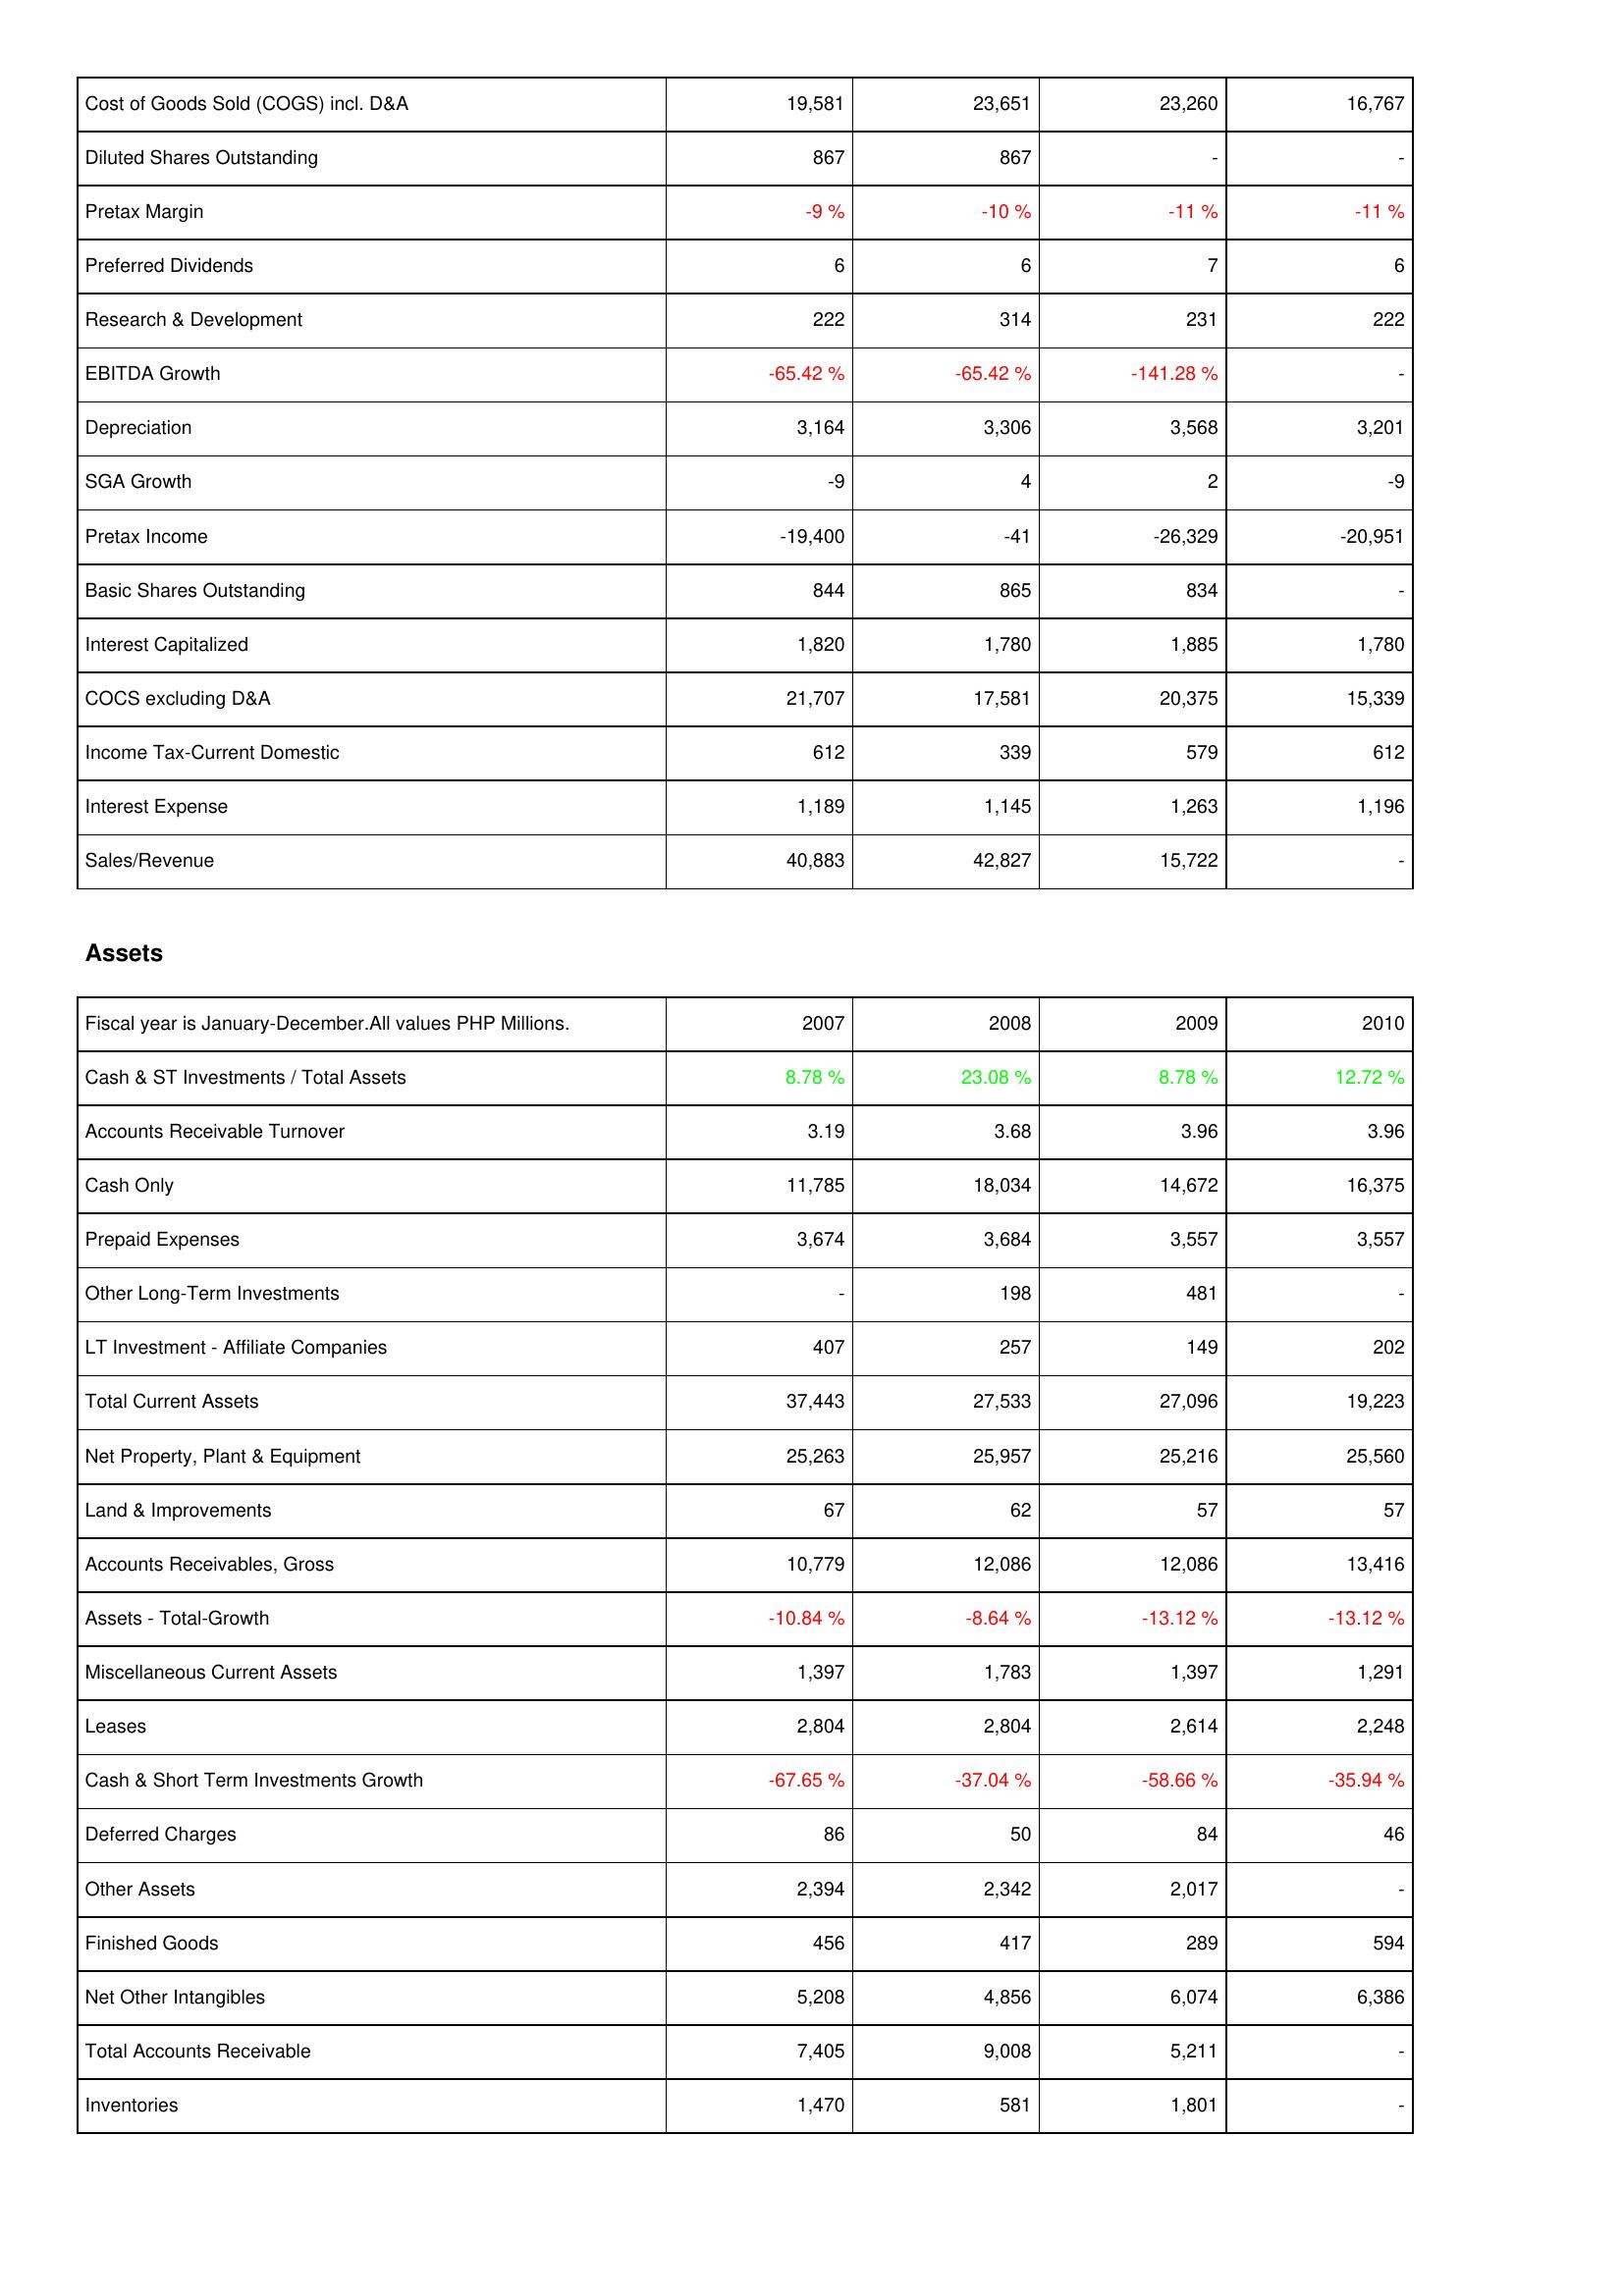
2007: Income Statement: Cost of Goods Sold (COGS) incl. D&A: 19,581
Diluted Shares Outstanding: 867
Pretax Margin: -9 %
Preferred Dividends: 6
Research & Development: 222
EBITDA Growth: -65.42 %
Depreciation: 3,164
SGA Growth: -9
Pretax Income: -19,400
Basic Shares Outstanding: 844
Interest Capitalized: 1,820
COCS excluding D&A: 21,707
Income Tax-Current Domestic: 612
Interest Expense: 1,189
Sales/Revenue: 40,883
Assets: Cash & ST Investments / Total Assets: 8.78 %
Accounts Receivable Turnover: 3.19
Cash Only: 11,785
Prepaid Expenses: 3,674
Other Long-Term Investments: -
LT Investment - Affiliate Companies: 407
Total Current Assets: 37,443
Net Property, Plant & Equipment: 25,263
Land & Improvements: 67
Accounts Receivables, Gross: 10,779
Assets - Total-Growth: -10.84 %
Miscellaneous Current Assets: 1,397
Leases: 2,804
Cash & Short Term Investments Growth: -67.65 %
Deferred Charges: 86
Other Assets: 2,394
Finished Goods: 456
Net Other Intangibles: 5,208
Total Accounts Receivable: 7,405
Inventories: 1,470
2008: Income Statement: Cost of Goods Sold (COGS) incl. D&A: 23,651
Diluted Shares Outstanding: 867
Pretax Margin: -10 %
Preferred Dividends: 6
Research & Development: 314
EBITDA Growth: -65.42 %
Depreciation: 3,306
SGA Growth: 4
Pretax Income: -41
Basic Shares Outstanding: 865
Interest Capitalized: 1,780
COCS excluding D&A: 17,581
Income Tax-Current Domestic: 339
Interest Expense: 1,145
Sales/Revenue: 42,827
Assets: Cash & ST Investments / Total Assets: 23.08 %
Accounts Receivable Turnover: 3.68
Cash Only: 18,034
Prepaid Expenses: 3,684
Other Long-Term Investments: 198
LT Investment - Affiliate Companies: 257
Total Current Assets: 27,533
Net Property, Plant & Equipment: 25,957
Land & Improvements: 62
Accounts Receivables, Gross: 12,086
Assets - Total-Growth: -8.64 %
Miscellaneous Current Assets: 1,783
Leases: 2,804
Cash & Short Term Investments Growth: -37.04 %
Deferred Charges: 50
Other Assets: 2,342
Finished Goods: 417
Net Other Intangibles: 4,856
Total Accounts Receivable: 9,008
Inventories: 581
2009: Income Statement: Cost of Goods Sold (COGS) incl. D&A: 23,260
Diluted Shares Outstanding: -
Pretax Margin: -11 %
Preferred Dividends: 7
Research & Development: 231
EBITDA Growth: -141.28 %
Depreciation: 3,568
SGA Growth: 2
Pretax Income: -26,329
Basic Shares Outstanding: 834
Interest Capitalized: 1,885
COCS excluding D&A: 20,375
Income Tax-Current Domestic: 579
Interest Expense: 1,263
Sales/Revenue: 15,722
Assets: Cash & ST Investments / Total Assets: 8.78 %
Accounts Receivable Turnover: 3.96
Cash Only: 14,672
Prepaid Expenses: 3,557
Other Long-Term Investments: 481
LT Investment - Affiliate Companies: 149
Total Current Assets: 27,096
Net Property, Plant & Equipment: 25,216
Land & Improvements: 57
Accounts Receivables, Gross: 12,086
Assets - Total-Growth: -13.12 %
Miscellaneous Current Assets: 1,397
Leases: 2,614
Cash & Short Term Investments Growth: -58.66 %
Deferred Charges: 84
Other Assets: 2,017
Finished Goods: 289
Net Other Intangibles: 6,074
Total Accounts Receivable: 5,211
Inventories: 1,801
2010: Income Statement: Cost of Goods Sold (COGS) incl. D&A: 16,767
Diluted Shares Outstanding: -
Pretax Margin: -11 %
Preferred Dividends: 6
Research & Development: 222
EBITDA Growth: -
Depreciation: 3,201
SGA Growth: -9
Pretax Income: -20,951
Basic Shares Outstanding: -
Interest Capitalized: 1,780
COCS excluding D&A: 15,339
Income Tax-Current Domestic: 612
Interest Expense: 1,196
Sales/Revenue: -
Assets: Cash & ST Investments / Total Assets: 12.72 %
Accounts Receivable Turnover: 3.96
Cash Only: 16,375
Prepaid Expenses: 3,557
Other Long-Term Investments: -
LT Investment - Affiliate Companies: 202
Total Current Assets: 19,223
Net Property, Plant & Equipment: 25,560
Land & Improvements: 57
Accounts Receivables, Gross: 13,416
Assets - Total-Growth: -13.12 %
Miscellaneous Current Assets: 1,291
Leases: 2,248
Cash & Short Term Investments Growth: -35.94 %
Deferred Charges: 46
Other Assets: -
Finished Goods: 594
Net Other Intangibles: 6,386
Total Accounts Receivable: -
Inventories: -